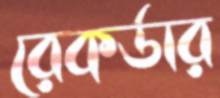
রেকর্ডার